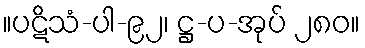
။ပဋိသံ-ပါ-၉၂၊ ဋ္ဌ-ပ-အုပ် ၂၈၀။